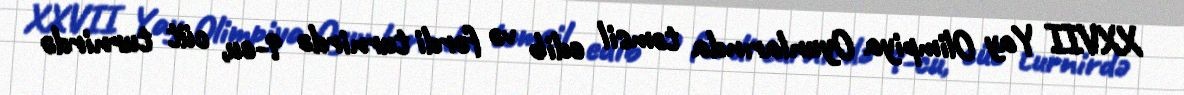
XXVII Yay Olimpiya Oyunlarında təmsil edib və fərdi turnirdə 9-cu, cüt turnirdə